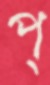
প্